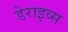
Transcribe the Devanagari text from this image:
डेराइव्स